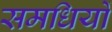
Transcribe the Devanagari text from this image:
समधियों